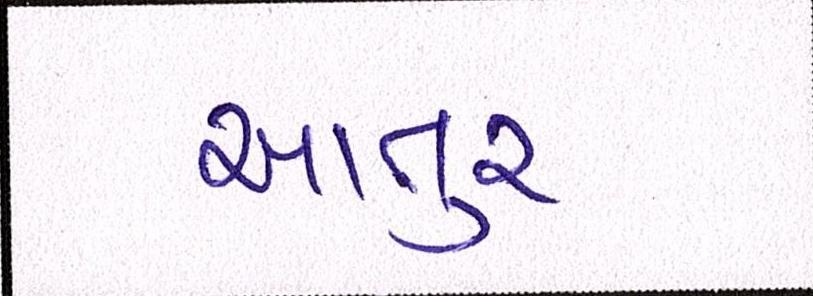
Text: આતુર